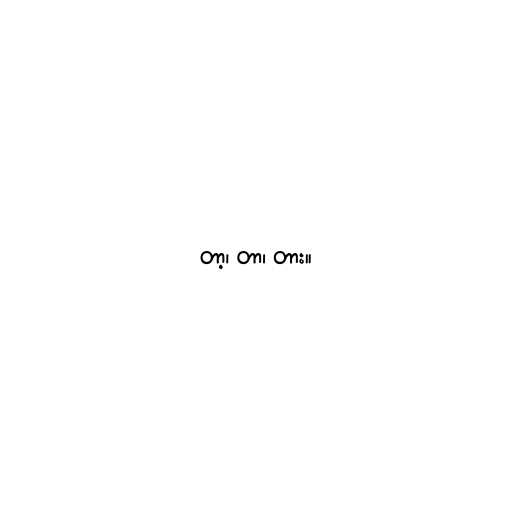
တာ့၊ တာ၊ တား။